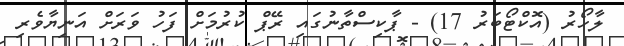
ލާހޯރު (އޮކްޓޯބަރު 17) - ޕާކިސްތާނުގައި ރޭޕް ކުރުމަށް ފަހު ވަރަށް އަނިޔާވެރި